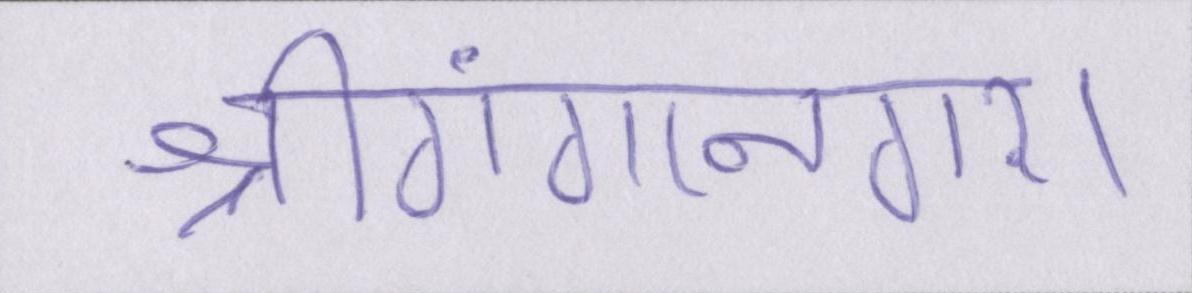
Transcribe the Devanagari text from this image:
श्रीगंगानगर।